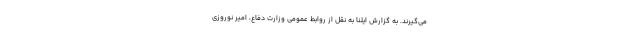
می‌گیرند. به گزارش ایلنا به نقل از روابط عمومی وزارت دفاع، امیر نوروزی